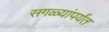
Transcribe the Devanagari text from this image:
सगळ्यांपर्यंत